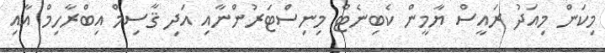
މިކަން މިއަދު ރައީސް ޔާމީން ކެބިނެޓް މިނިސްޓަރުންނާއި އަދި ޤާސިމް އިބްރާހިމް އާއި